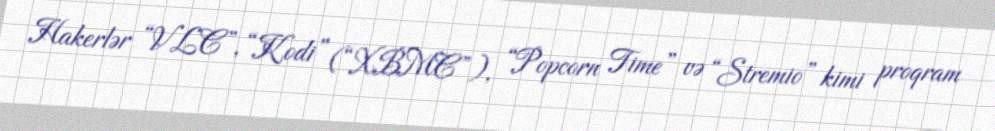
Hakerlər “VLC”, “Kodi” (“XBMC”), “Popcorn Time” və “Stremio” kimi proqram